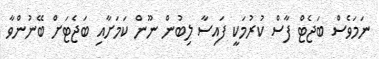
ނަމަވެސް ބަޖެޓް ފާސް ކުރުމަކީ ފައިސާ ލިބުން ނޫން ކަމަށާއި ބަޖެޓަށް ބޭނުންވާ